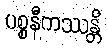
ပစ္စနီကဿန္တိ